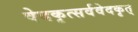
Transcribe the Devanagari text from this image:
वेदकृत्सर्ववेदकृत्